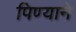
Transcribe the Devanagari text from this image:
पिण्याने